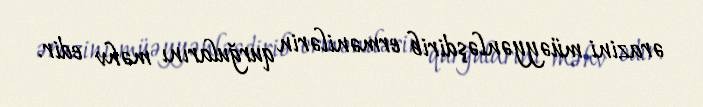
ərazini müəyyənləşdirib ermənilərin qurğularını məhv edir.